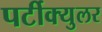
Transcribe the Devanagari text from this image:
पर्टीक्युलर